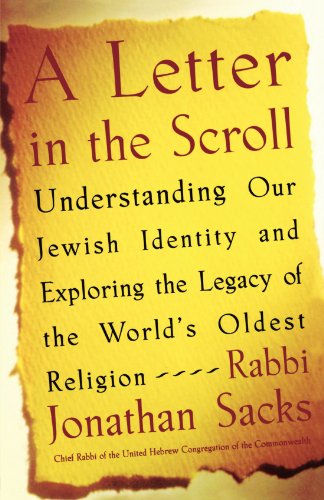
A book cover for A Letter in the Scroll: Understanding Our Jewish Identity and Exploring the Legacy of the World's Oldest Religion; Rabbi Jonathan Sacks; Politics & Social Sciences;